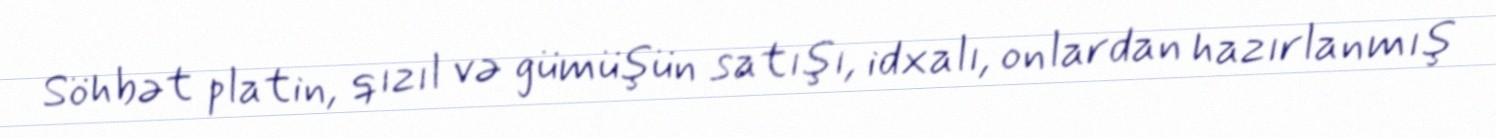
Söhbət platin, qızıl və gümüşün satışı, idxalı, onlardan hazırlanmış